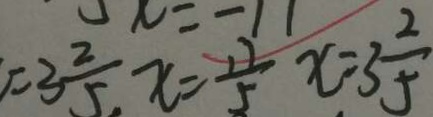
= 3 \frac { 2 } { 5 } , x = \frac { 1 7 } { 5 } x = 3 \frac { 2 } { 5 }